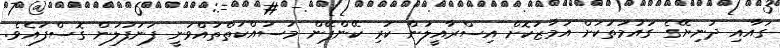
ގައާއި ދުނިޔޭގެ ގައުމުތަކަށް އަމާޒުކޮށް އިސްރާއީލުން ކުރި ކޭންޕޭން މަސައްކަތްތައްވަނީ ފަނަފުލުން ގޮސްފައެވެ.